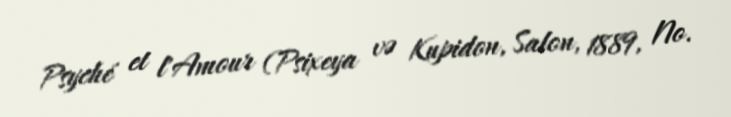
Psyché et l'Amour (Psixeya və Kupidon, Salon, 1889, No.